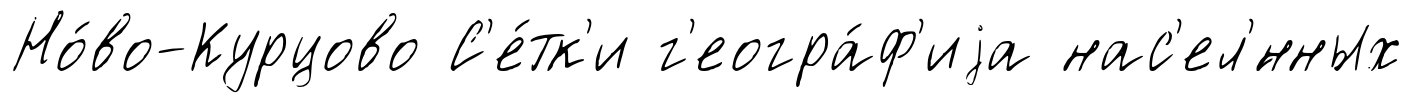
Но́во-Курцово С'е́тк'и г'еогра́ф'иjа нас'ел'́нных